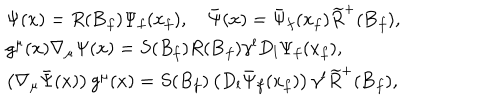
\begin{array} { l } { { \Psi ( x ) = R ( { \bf B } _ { f } ) \Psi _ { f } ( x _ { f } ) , \quad \bar { \Psi } ( x ) = \bar { \Psi } _ { f } ( x _ { f } ) \widetilde { R } ^ { + } ( { \bf B } _ { f } ) , } } \\ { { g ^ { \mu } ( x ) \nabla _ { \mu } \Psi ( x ) = S ( B _ { f } ) R ( { \bf B } _ { f } ) \gamma ^ { l } D _ { l } \Psi _ { f } ( x _ { f } ) , } } \\ { { \left( \nabla _ { \mu } \bar { \Psi } ( x ) \right) g ^ { \mu } ( x ) = S ( B _ { f } ) \left( D _ { l } \bar { \Psi } _ { f } ( x _ { f } ) \right) \gamma ^ { l } \widetilde { R } ^ { + } ( { \bf B } _ { f } ) , } } \\ \end{array}